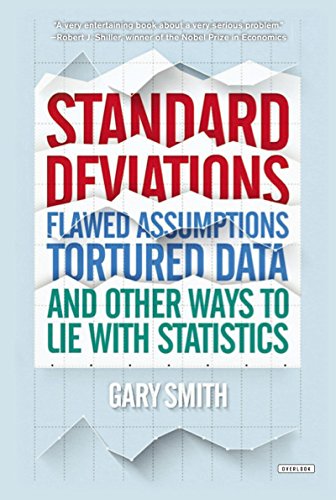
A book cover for Standard Deviations: Flawed Assumptions, Tortured Data, and Other Ways to Lie with Statistics; Gary Smith; Science & Math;